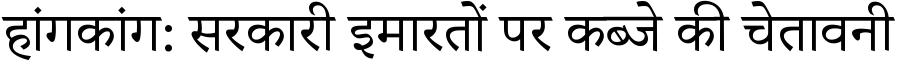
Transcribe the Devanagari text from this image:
हांगकांग: सरकारी इमारतों पर कब्जे की चेतावनी